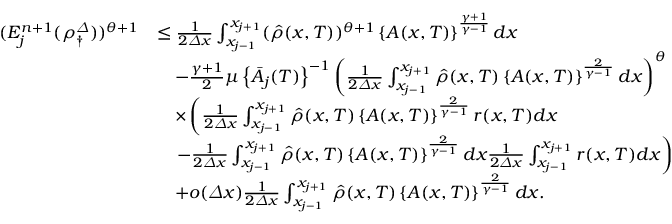
\begin{array} { r l } { ( E _ { j } ^ { n + 1 } ( \rho _ { \dagger } ^ { \varDelta } ) ) ^ { \theta + 1 } } & { \leq \frac 1 { 2 { \varDelta } x } \int _ { x _ { j - 1 } } ^ { x _ { j + 1 } } ( \hat { \rho } ( x , T ) ) ^ { \theta + 1 } \left\{ A ( x , T ) \right\} ^ { \frac { \gamma + 1 } { \gamma - 1 } } d x } \\ & { \quad - \frac { \gamma + 1 } { 2 } \mu \left\{ \bar { A } _ { j } ( T ) \right\} ^ { - 1 } \left( \frac 1 { 2 { \varDelta } x } \int _ { x _ { j - 1 } } ^ { x _ { j + 1 } } \hat { \rho } ( x , T ) \left\{ A ( x , T ) \right\} ^ { \frac { 2 } { \gamma - 1 } } d x \right) ^ { \theta } } \\ & { \quad \times \left( \frac 1 { 2 { \varDelta } x } \int _ { x _ { j - 1 } } ^ { x _ { j + 1 } } \hat { \rho } ( x , T ) \left\{ A ( x , T ) \right\} ^ { \frac { 2 } { \gamma - 1 } } r ( x , T ) d x \right. } \\ & { \left. \quad - \frac 1 { 2 { \varDelta } x } \int _ { x _ { j - 1 } } ^ { x _ { j + 1 } } \hat { \rho } ( x , T ) \left\{ A ( x , T ) \right\} ^ { \frac { 2 } { \gamma - 1 } } d x \frac 1 { 2 { \varDelta } x } \int _ { x _ { j - 1 } } ^ { x _ { j + 1 } } r ( x , T ) d x \right) } \\ & { \quad + o ( { \varDelta } x ) \frac 1 { 2 { \varDelta } x } \int _ { x _ { j - 1 } } ^ { x _ { j + 1 } } \hat { \rho } ( x , T ) \left\{ A ( x , T ) \right\} ^ { \frac { 2 } { \gamma - 1 } } d x . } \end{array}